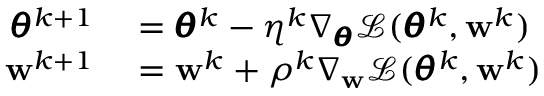
\begin{array} { r l } { \pmb { \theta } ^ { k + 1 } } & { { } = \pmb { \theta } ^ { k } - \eta ^ { k } \nabla _ { \pmb { \theta } } \mathcal { L } ( \pmb { \theta } ^ { k } , \mathbf { w } ^ { k } ) } \\ { \mathbf { w } ^ { k + 1 } } & { { } = \mathbf { w } ^ { k } + \rho ^ { k } \nabla _ { \mathbf { w } } \mathcal { L } ( \pmb { \theta } ^ { k } , \mathbf { w } ^ { k } ) } \end{array}